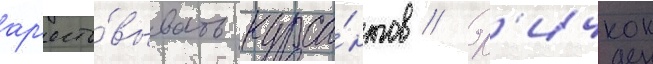
ар'есто́вывать курса́нтов // Х'ичкок